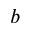
b